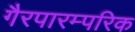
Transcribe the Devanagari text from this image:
गैरपारम्परिक